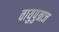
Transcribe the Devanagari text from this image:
वायुपुत्राज